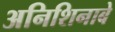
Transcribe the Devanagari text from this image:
अनिशिनाबे